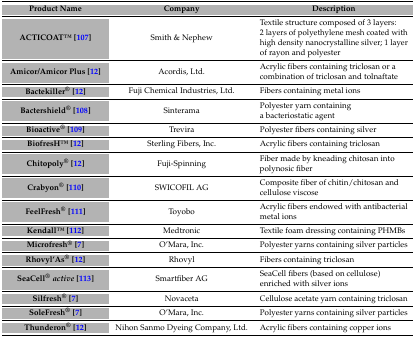
<table><thead><tr><td><b>Product Name</b></td><td><b>Company</b></td><td><b>Description</b></td></tr></thead><tbody><tr><td><b>ACTICOATTM [107]</b></td><td>Smith &amp; Nephew</td><td>Textile structure composed of 3 layers: 2 layers of polyethylene mesh coated with high density nanocrystalline silver; 1 layer of rayon and polyester</td></tr><tr><td><b>Amicor/Amicor Plus [12]</b></td><td>Acordis, Ltd.</td><td>Acrylic fibers containing triclosan or a combination of triclosan and tolnaftate</td></tr><tr><td><b>Bactekiller<sup>®</sup> [12]</b></td><td>Fuji Chemical Industries, Ltd.</td><td>Fibers containing metal ions</td></tr><tr><td><b>Bactershield<sup>®</sup> [108]</b></td><td>Sinterama</td><td>Polyester yarn containing a bacteriostatic agent</td></tr><tr><td><b>Bioactive<sup>®</sup> [109]</b></td><td>Trevira</td><td>Polyester fibers containing silver</td></tr><tr><td><b>BiofresHTM [12]</b></td><td>Sterling Fibers, Inc.</td><td>Acrylic fibers containing triclosan</td></tr><tr><td><b>Chitopoly<sup>®</sup> [12]</b></td><td>Fuji-Spinning</td><td>Fiber made by kneading chitosan into polynosic fiber</td></tr><tr><td><b>Crabyon<sup>®</sup> [110]</b></td><td>SWICOFIL AG</td><td>Composite fiber of chitin/chitosan and cellulose viscose</td></tr><tr><td><b>FeelFresh<sup>®</sup> [111]</b></td><td>Toyobo</td><td>Acrylic fibers endowed with antibacterial metal ions</td></tr><tr><td><b>KendallTM [112]</b></td><td>Medtronic</td><td>Textile foam dressing containing PHMBs</td></tr><tr><td><b>Microfresh<sup>®</sup> [7]</b></td><td>O’Mara, Inc.</td><td>Polyester yarns containing silver particles</td></tr><tr><td><b>Rhovyl’As<sup>®</sup> [12]</b></td><td>Rhovyl</td><td>Fibers containing triclosan</td></tr><tr><td><b>SeaCell<sup>®</sup><i>active</i> [113]</b></td><td>Smartfiber AG</td><td>SeaCell fibers (based on cellulose) enriched with silver ions</td></tr><tr><td><b>Silfresh<sup>®</sup> [7]</b></td><td>Novaceta</td><td>Cellulose acetate yarn containing triclosan</td></tr><tr><td><b>SoleFresh<sup>®</sup> [7]</b></td><td>O’Mara, Inc.</td><td>Polyester yarns containing silver particles</td></tr><tr><td><b>Thunderon<sup>®</sup> [12]</b></td><td>Nihon Sanmo Dyeing Company, Ltd.</td><td>Acrylic fibers containing copper ions</td></tr></tbody></table>